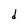
Character: d